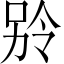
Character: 𪡎